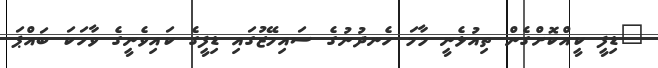
"ޑިފީ ކީއްކޮށްގެން ތިއުޅެނީ މާމަ ހެނދުނުގެ ސައިމޭޒުގައި ޑިފީގެ ކައިވެނީގެ ވާހަކަ ބައްޕަ